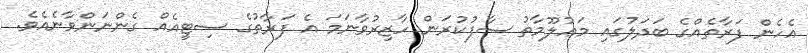
އެހެން ފަރާތެއްގެ ބަދަލުގައި މަޢުލޫމާތު ސާފުކުރަން ހާޒިރުވާނަމަ އެ ފަރާތުގެ ސިޓީއެއް ގެންނަންވާނެއެވެ.